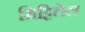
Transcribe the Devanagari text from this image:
मिट्टितेल